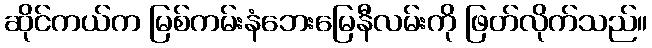
ဆိုင်ကယ်က မြစ်ကမ်းနံဘေးမြေနီလမ်းကို ဖြတ်လိုက်သည်။